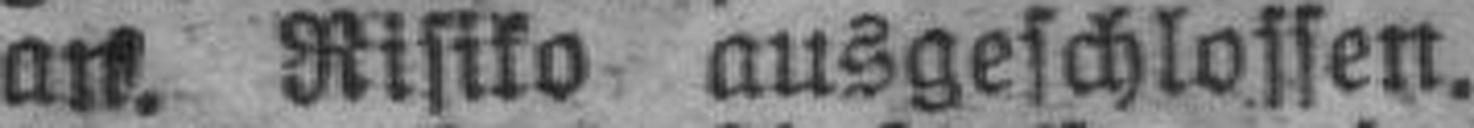
an. Risiko ausgeschlossen.